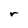
Character: r